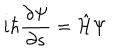
LaTeX: i \hbar \frac { \partial \Psi } { \partial s } = \hat { \cal H } \Psi